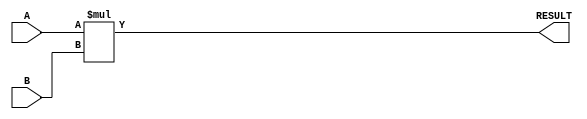
module parameterized_multiplier #(
    parameter DATA_WIDTH_A = 8,  // Default width for operand A
    parameter DATA_WIDTH_B = 8   // Default width for operand B
)(
    input  [DATA_WIDTH_A-1:0] A,  // Input operand A
    input  [DATA_WIDTH_B-1:0] B,  // Input operand B
    output [DATA_WIDTH_A + DATA_WIDTH_B - 1:0] RESULT // Output product
);

    // Combinational logic for multiplication
    assign RESULT = A * B;

endmodule